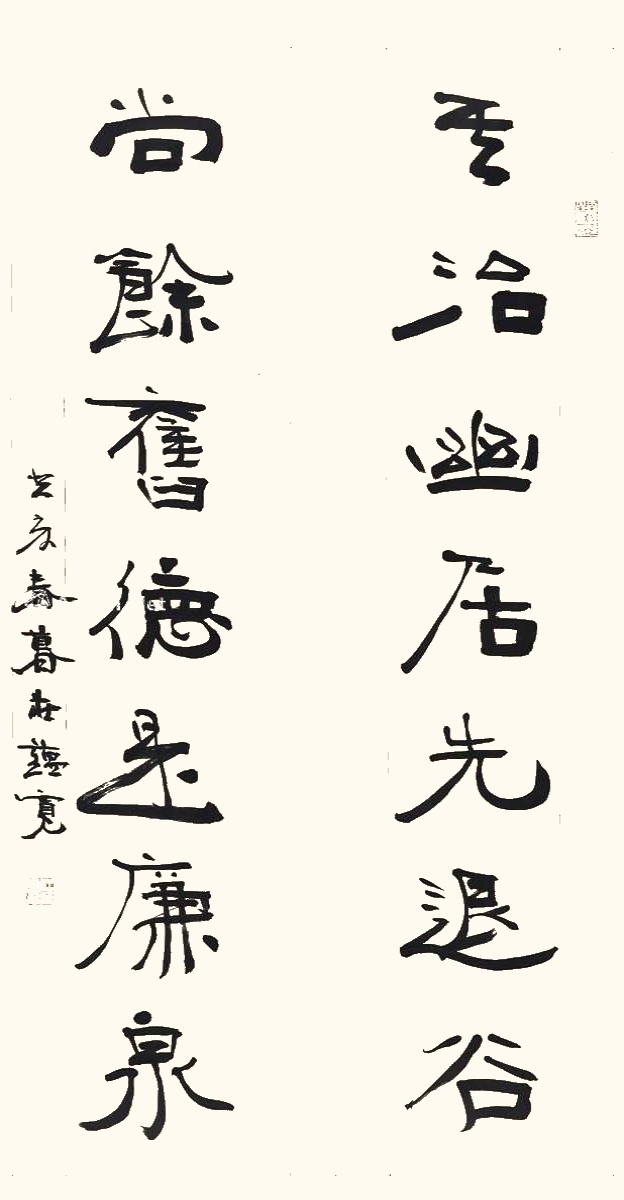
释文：其治幽居先退谷，尚余旧德是廉泉。癸亥春暮，庄蕴宽。